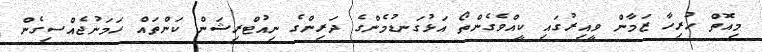
މިއޮތް ހުރިހާ ޒަމާން ވީއިރުގައި ކީއްވެގެންތޯ އަޅުގަނޑުމެންގެ ދަރިންގެ ނިއުޓްރިޝަން ކަންތައް ހަމަނުޖެއްސިގެން